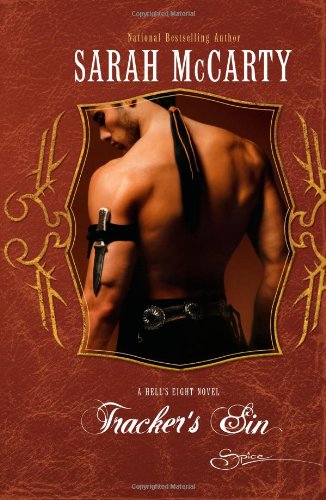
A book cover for Tracker's Sin (Hell's Eight); Sarah McCarty; Romance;